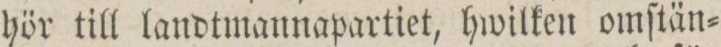
hör till landtmannapartiet, hwilken omſtän=